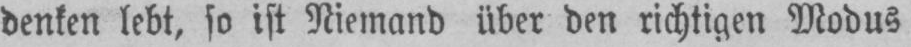
denken lebt, so ist Niemand über den richtigen Modus